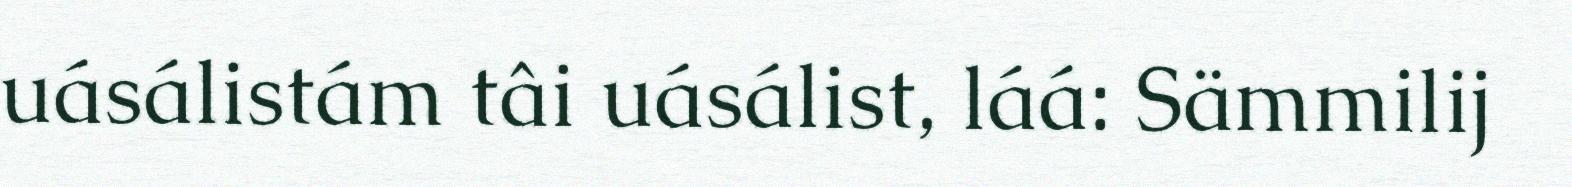
uásálistám tâi uásálist, láá: Sämmilij